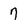
Character: 7